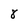
Character: 8